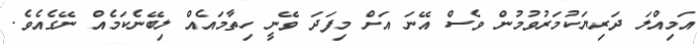
އަމިއްލަ ދަރިޔަކުމަރުވުމުން ވެސް އޭނަ އަށް މިފަދަ ވޭނީ ހިތާމައެއް ލިބޭނެކަމެއް ނޭގެއެވެ.